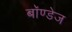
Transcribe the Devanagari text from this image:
बॉण्डेज